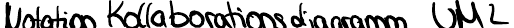
Notation Kollaborationsdiagramm UML